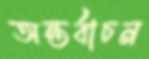
অন্তর্বাচন